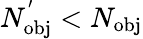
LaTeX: N_{\mathrm{{obj}}}^{'}<N_{\mathrm{{obj}}}